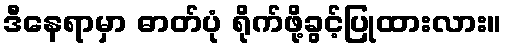
ဒီနေရာမှာ ဓာတ်ပုံ ရိုက်ဖို့ခွင့်ပြုထားလား။